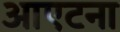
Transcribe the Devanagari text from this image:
आएटना